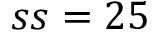
s s = 2 5